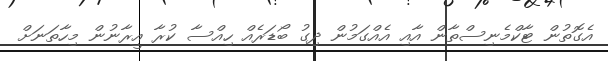
އެގޮތުން ޓާާކްމެނިސްތާން އާއި އެއްގަމުން ދިގު ބޯޑަރެއް ހިއްސާ ކުރާ އީރާނުން މިހާތަނަށް